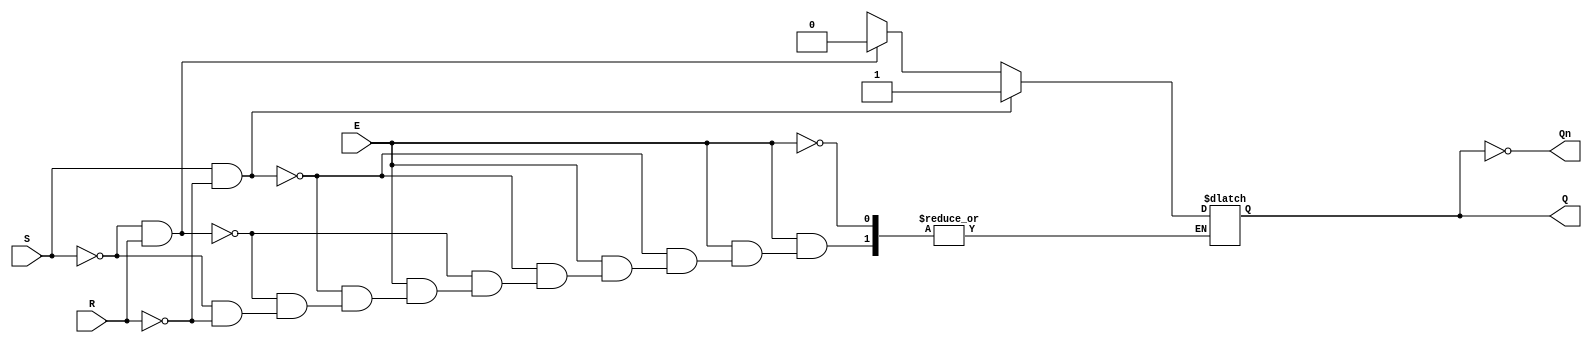
module gated_sr_latch (
    input wire S,      // Set input
    input wire R,      // Reset input
    input wire E,      // Enable input
    output reg Q,      // Output Q
    output wire Qn     // Complementary output (not Q)
);

    assign Qn = ~Q; // Complementary output

    always @(*) begin
        if (E) begin
            if (S && ~R) begin
                Q = 1'b1; // Set state
            end else if (~S && R) begin
                Q = 1'b0; // Reset state
            end else if (~S && ~R) begin
                // Maintain current state (do nothing)
                Q = Q; // Retain previous state
            end else begin
                // Invalid state (S = 1, R = 1)
                Q = 1'bx; // Indeterminate state
            end
        end
        // When E is low, retain the previous state
    end

endmodule